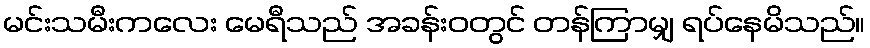
မင်းသမီးကလေး မေရီသည် အခန်းဝတွင် တန်ကြာမျှ ရပ်နေမိသည်။